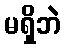
မရှိဘဲ